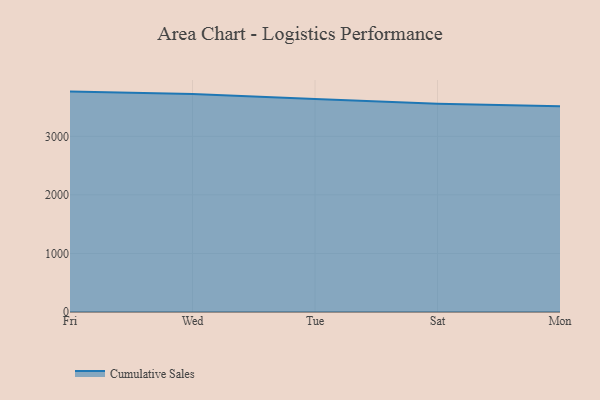
{"axis": {"x": "Day", "y": "Headcount"}, "legend": ["Cumulative Sales"], "data": [{"x": "Fri", "y": 3763.9, "type": "Cumulative Sales"}, {"x": "Wed", "y": 3723.2, "type": "Cumulative Sales"}, {"x": "Tue", "y": 3637.1, "type": "Cumulative Sales"}, {"x": "Sat", "y": 3557.4, "type": "Cumulative Sales"}, {"x": "Mon", "y": 3511.8, "type": "Cumulative Sales"}]}